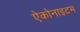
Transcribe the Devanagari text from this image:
ऐकोनाइटम